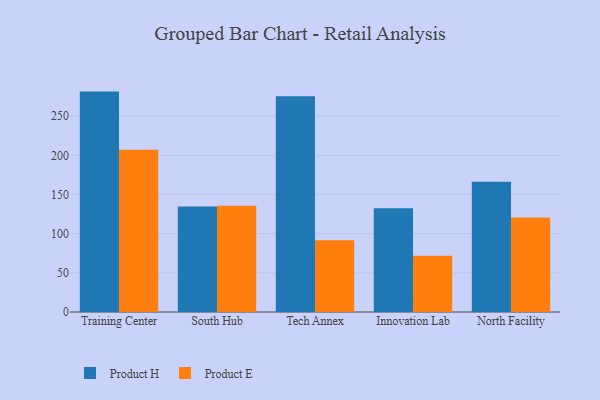
{"axis": {"x": "Campus", "y": "Headcount"}, "legend": ["Product E", "Product H"], "data": [{"x": "Training Center", "y": 281.4, "type": "Product H"}, {"x": "Training Center", "y": 207.2, "type": "Product E"}, {"x": "South Hub", "y": 134.7, "type": "Product H"}, {"x": "South Hub", "y": 135.5, "type": "Product E"}, {"x": "Tech Annex", "y": 275.4, "type": "Product H"}, {"x": "Tech Annex", "y": 91.6, "type": "Product E"}, {"x": "Innovation Lab", "y": 132.4, "type": "Product H"}, {"x": "Innovation Lab", "y": 71.8, "type": "Product E"}, {"x": "North Facility", "y": 166.4, "type": "Product H"}, {"x": "North Facility", "y": 120.6, "type": "Product E"}]}